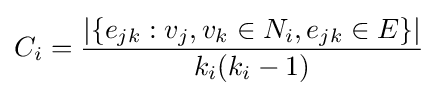
C_{i}={\frac {|\{e_{jk}:v_{j},v_{k}\in N_{i},e_{jk}\in E\}|}{k_{i}(k_{i}-1)}}